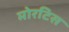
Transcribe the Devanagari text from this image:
मोरटिस